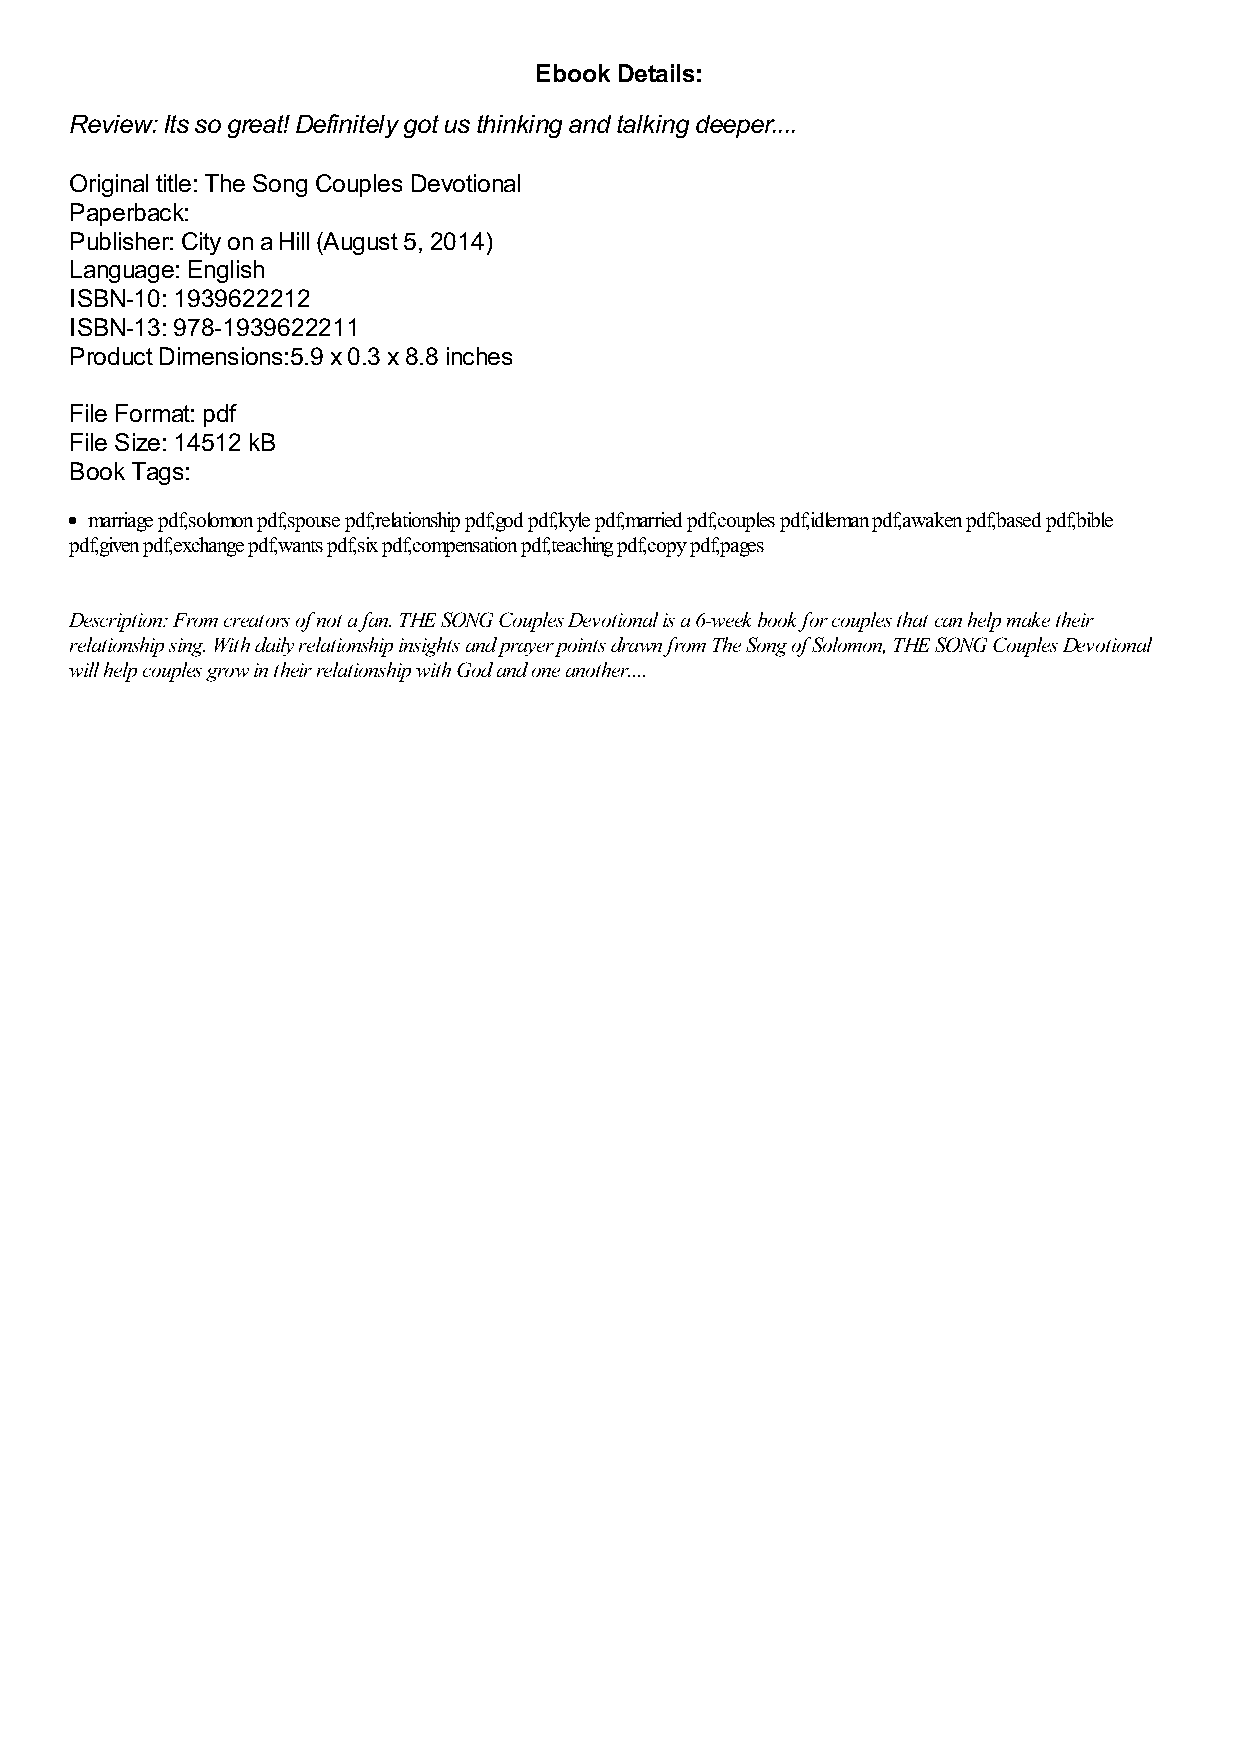
Ebook Details:
 Review: Its so great! Definitely got us thinking and talking deeper....
 Original title: The Song Couples Devotional
 Paperback:
 Publisher: City on a Hill (August 5, 2014)
 Language: English
 ISBN-10: 1939622212
 ISBN-13: 978-1939622211
 Product Dimensions:5.9 x 0.3 x 8.8 inches
 File Format: pdf
 File Size: 14512 kB
 Book Tags:
 marriage pdf,solomon pdf,spouse pdf,relationship pdf,god pdf,kyle pdf,married pdf,couples pdf,idleman pdf,awaken pdf,based pdf,bible
 pdf,given pdf,exchange pdf,wants pdf,six pdf,compensation pdf,teaching pdf,copy pdf,pages
 Description: From creators of not a fan. THE SONG Couples Devotional is a 6-week book for couples that can help make their
 relationship sing. With daily relationship insights and prayer points drawn from The Song of Solomon, THE SONG Couples Devotional
 will help couples grow in their relationship with God and one another....